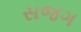
સજગ